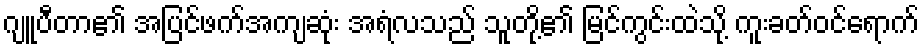
ဂျူပီတာ၏ အပြင်ဖက်အကျဆုံး အရံလသည် သူတို့၏ မြင်ကွင်းထဲသို့ ကူးခတ်ဝင်ရောက်